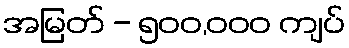
အမြတ် - ၅၀၀,၀၀၀ ကျပ်